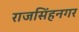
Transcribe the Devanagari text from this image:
राजसिंहनगर